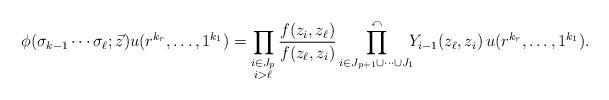
LaTeX: \begin{align*}\phi(\sigma_{k-1}\cdots \sigma_{\ell}; \vec{z}) u(r^{k_{r}}, \ldots , 1^{k_{1}})=\prod_{\begin{subarray}{c} i \in J_{p} \\ i>\ell \end{subarray}}\frac{f(z_{i}, z_{\ell})}{f(z_{\ell}, z_{i})}\prod_{i \in J_{p+1} \cup \cdots \cup J_{1}}^{\curvearrowleft} \!\!\! Y_{i-1}(z_{\ell}, z_{i}) \, u(r^{k_{r}}, \ldots , 1^{k_{1}}). \end{align*}